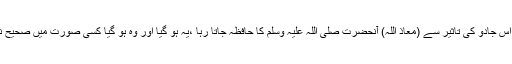
ایسی باتیں کہ اس جادو کی تاثیر سے (معاذ اللہ) آنحضرت صلی اللہ علیہ وسلم کا حافظہ جاتا رہا ،یہ ہو گیا اور وہ ہو گیا کسی صورت میں صحیح نہیں ہو سکتیں۔